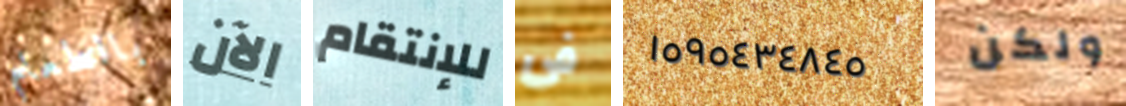
بالطعام الآن للإنتقام فى ١٥٩٥٤٣٤٨٤٥ ولكن